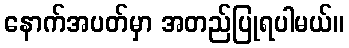
နောက်အပတ်မှာ အတည်ပြုရပါမယ်။